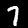
Digit: 7